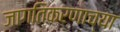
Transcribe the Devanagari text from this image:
जागतिकरणाच्या